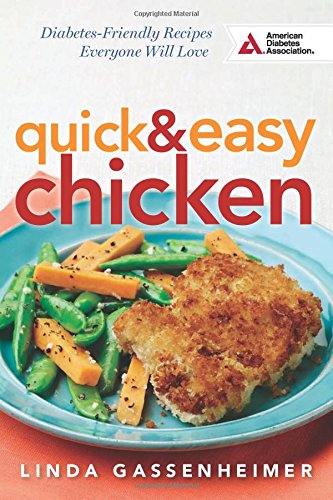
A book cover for Quick and Easy Chicken: Diabetes-Friendly Recipes Everyone Will Love; Linda Gassenheimer; Cookbooks, Food & Wine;